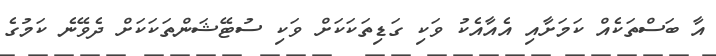
އާ ބަސްތަކެއް ކަމަށާއި އެއާއެކު ވަކި ގަޑިތަކަކަށް ވަކި ސުޓޭޝަންތަކަކަށް ދެވޭނެ ކަމުގެ